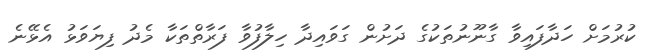
ކުރުމަށް ހަދާފައިވާ ގާނޫނުތަކުގެ ދަށުން ގަވައިދާ ހިލާފުވާ ފަރާތްތަކާ މެދު ފިޔަވަޅު އެޅޭނެ